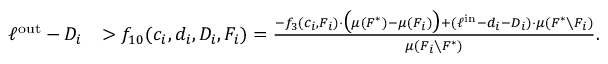
\begin{array} { r l } { \ell ^ { \mathrm { o u t } } - D _ { i } } & { > f _ { 1 0 } ( c _ { i } , d _ { i } , D _ { i } , F _ { i } ) = \frac { - f _ { 3 } ( c _ { i } , F _ { i } ) \cdot \big ( \mu ( F ^ { * } ) - \mu ( F _ { i } ) \big ) + ( \ell ^ { \mathrm { i n } } - d _ { i } - D _ { i } ) \cdot \mu ( F ^ { * } \setminus F _ { i } ) } { \mu ( F _ { i } \setminus F ^ { * } ) } . } \end{array}